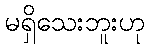
မရှိသေးဘူးဟု